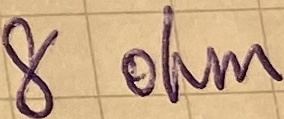
Text: 8 ohm